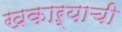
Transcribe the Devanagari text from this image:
खकाऱ्याची